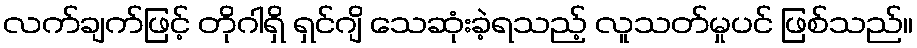
လက်ချက်ဖြင့် တိုဂါရှိ ရှင်ဂျိ သေဆုံးခဲ့ရသည့် လူသတ်မှုပင် ဖြစ်သည်။